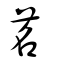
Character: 茗